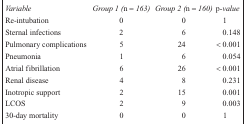
<table><thead><tr><td><b><i>Variable</i></b></td><td><b><i>Group 1 (n = 163)</i></b></td><td><b><i>Group 2 (n = 160)</i></b></td><td><b>p<i>-value</i></b></td></tr></thead><tbody><tr><td>Re-intubation</td><td>0</td><td>0</td><td>1</td></tr><tr><td>Sternal infections</td><td>2</td><td>6</td><td>0.148</td></tr><tr><td>Pulmonary complications</td><td>5</td><td>24</td><td>&lt; 0.001</td></tr><tr><td>Pneumonia</td><td>1</td><td>6</td><td>0.054</td></tr><tr><td>Atrial fibrillation</td><td>6</td><td>26</td><td>&lt; 0.001</td></tr><tr><td>Renal disease</td><td>4</td><td>8</td><td>0.231</td></tr><tr><td>Inotropic support</td><td>2</td><td>15</td><td>0.001</td></tr><tr><td>LCOS</td><td>2</td><td>9</td><td>0.003</td></tr><tr><td>30-day mortality</td><td>0</td><td>0</td><td>1</td></tr></tbody></table>